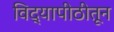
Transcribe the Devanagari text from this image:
विद्यापीठीतून